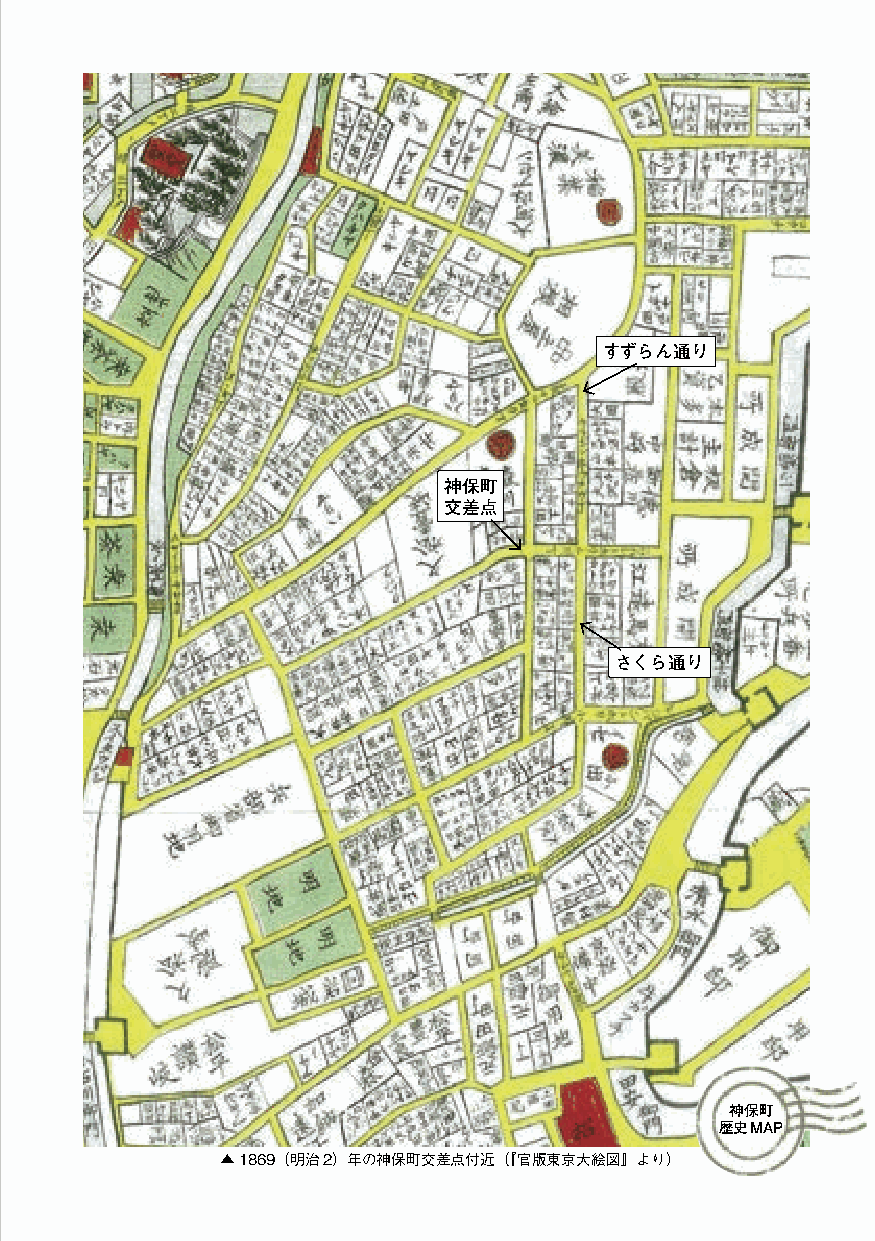
【
 神
 特
 集
 保
 】
 子
 町 ど
 も
 は の
 本
 と
 子
 神
 保                                       すずらん通り
 ど
 町
 も
 の                            神保町
 交差点
 本
 の
 聖                                        さくら通り
 地
 だ
 ！
 野
 上
 暁
 （
 児
 童
 文
 学
 研
 究                                               神保町
 歴史MAP
 者
 ）              ▲1869（明治2）年の神保町交差点付近（『官版東京大絵図』より）